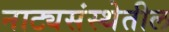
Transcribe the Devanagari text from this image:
नाट्यसंस्थेतील